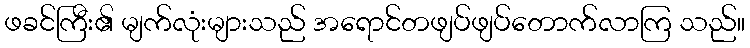
ဖခင်ကြီး၏ မျက်လုံးများသည် အရောင်တဖျပ်ဖျပ်တောက်လာကြ သည်။